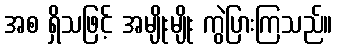
အစ ရှိသဖြင့် အမျိုးမျိုး ကွဲပြားကြသည်။